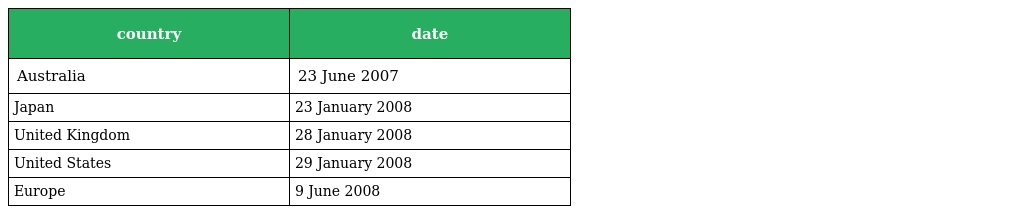
| country | date |
 | --- | --- |
 | Australia | 23 June 2007 |
 | Japan | 23 January 2008 |
 | United Kingdom | 28 January 2008 |
 | United States | 29 January 2008 |
 | Europe | 9 June 2008 |